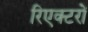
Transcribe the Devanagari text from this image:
रिएक्‍टरों